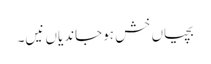
بچیاں خش ہوجاندیاں نیں۔